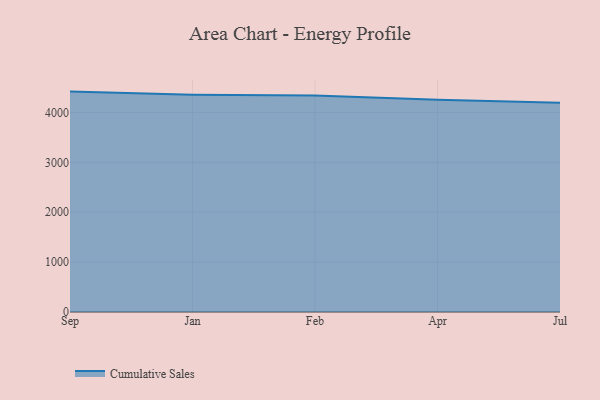
{"axis": {"x": "Month", "y": "Net Income (USD K)"}, "legend": ["Cumulative Sales"], "data": [{"x": "Sep", "y": 4418.4, "type": "Cumulative Sales"}, {"x": "Jan", "y": 4357.1, "type": "Cumulative Sales"}, {"x": "Feb", "y": 4342.2, "type": "Cumulative Sales"}, {"x": "Apr", "y": 4253.6, "type": "Cumulative Sales"}, {"x": "Jul", "y": 4193.3, "type": "Cumulative Sales"}]}